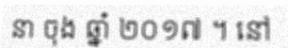
នា ចុង ឆ្នាំ ២០១៧ ។ នៅ